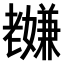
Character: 𫅸